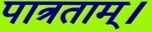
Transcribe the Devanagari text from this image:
पात्रताम्।